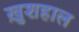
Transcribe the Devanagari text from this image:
खु़शहाल